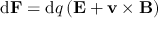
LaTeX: \mathrm { d } \mathbf { F } = \mathrm { d } q \left( \mathbf { E } + \mathbf { v } \times \mathbf { B } \right) \,